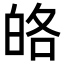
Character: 𤽥